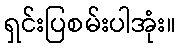
ရှင်းပြစမ်းပါအုံး။